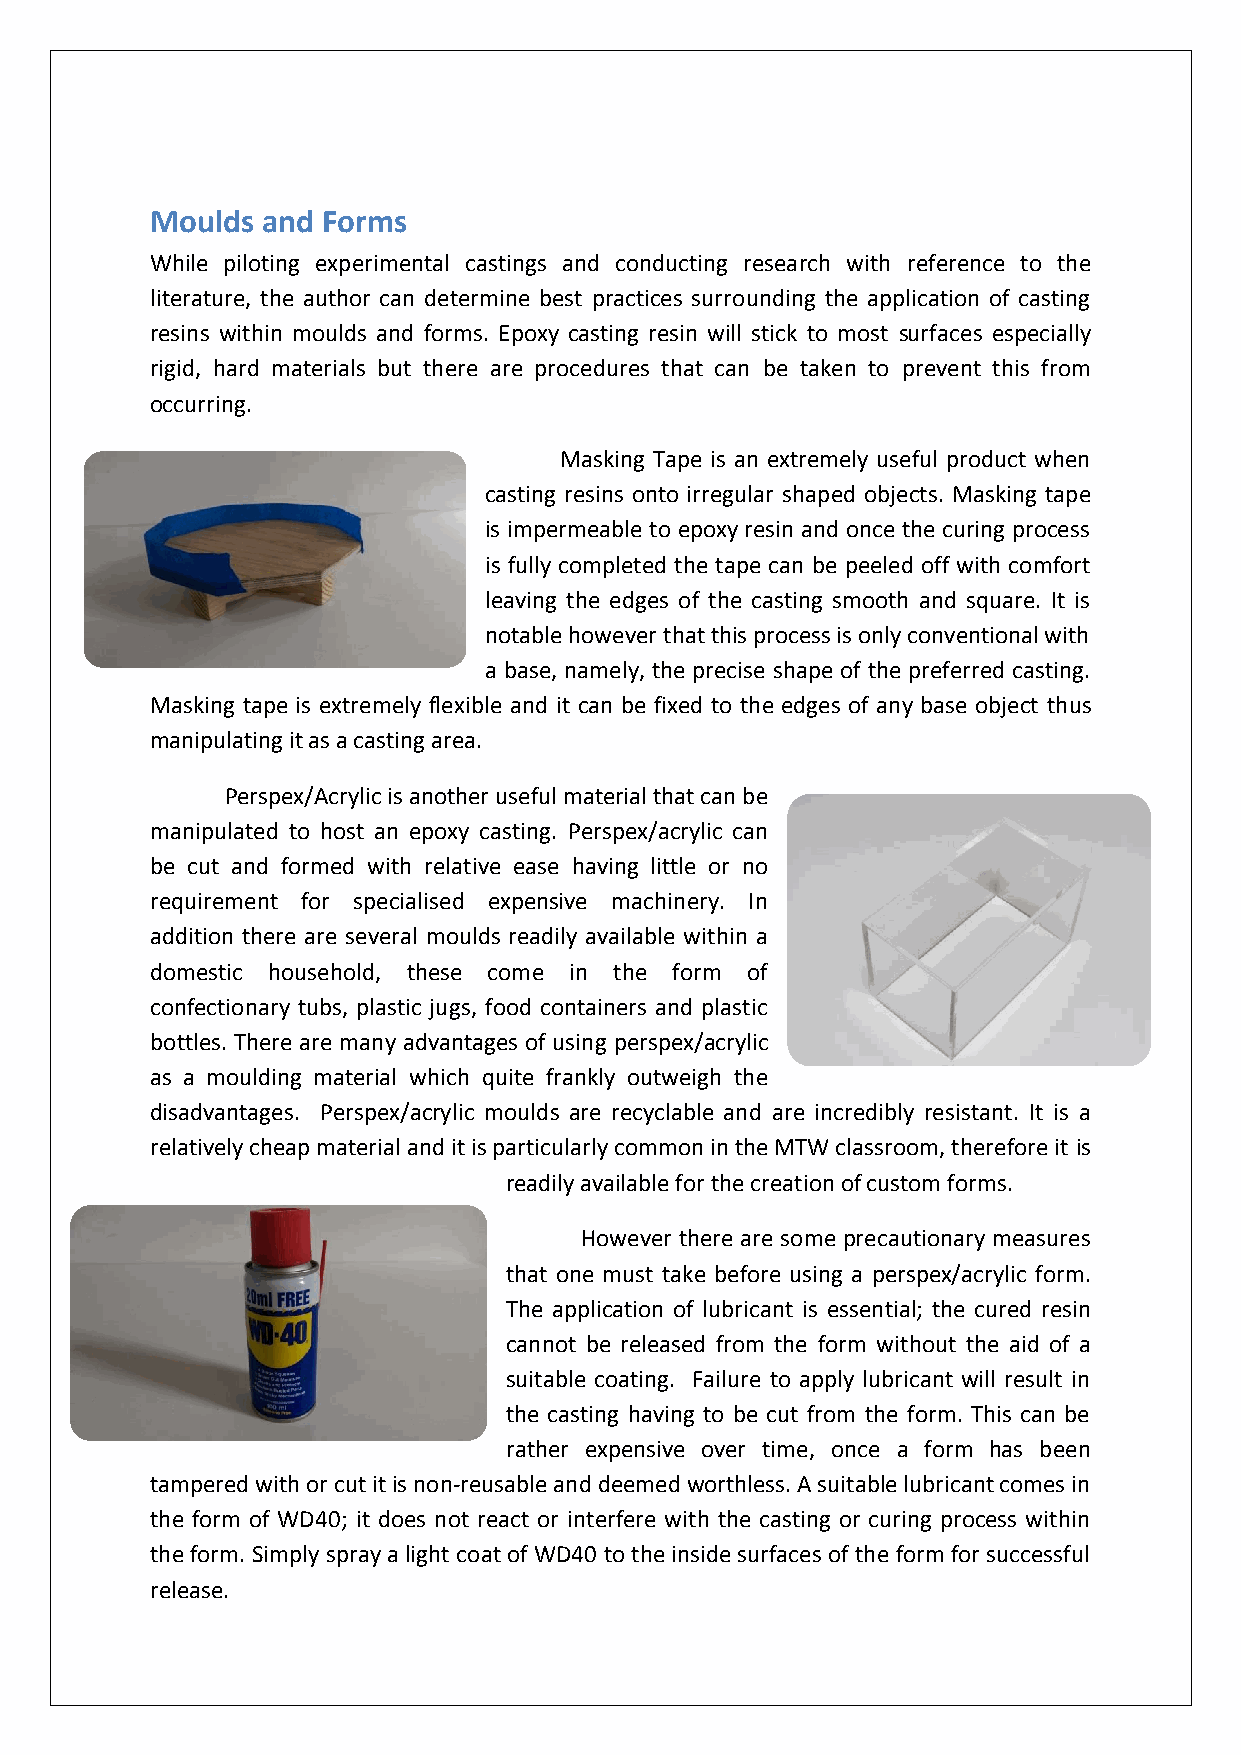
Moulds and Forms
 While piloting experimental castings and conducting research with reference to the
 literature, the author can determine best practices surrounding the application of casting
 resins within moulds and forms. Epoxy casting resin will stick to most surfaces especially
 rigid, hard materials but there are procedures that can be taken to prevent this from
 occurring.
 Masking Tape is an extremely useful product when
 casting resins onto irregular shaped objects. Masking tape
 is impermeable to epoxy resin and once the curing process
 is fully completed the tape can be peeled off with comfort
 leaving the edges of the casting smooth and square. It is
 notable however that this process is only conventional with
 a base, namely, the precise shape of the preferred casting.
 Masking tape is extremely flexible and it can be fixed to the edges of any base object thus
 manipulating it as a casting area.
 Perspex/Acrylic is another useful material that can be
 manipulated to host an epoxy casting. Perspex/acrylic can
 be cut and formed with relative ease having little or no
 requirement for specialised expensive machinery. In
 addition there are several moulds readily available within a
 domestic household, these come in the form of
 confectionary tubs, plastic jugs, food containers and plastic
 bottles. There are many advantages of using perspex/acrylic
 as a moulding material which quite frankly outweigh the
 disadvantages. Perspex/acrylic moulds are recyclable and are incredibly resistant. It is a
 relatively cheap material and it is particularly common in the MTW classroom, therefore it is
 readily available for the creation of custom forms.
 However there are some precautionary measures
 that one must take before using a perspex/acrylic form.
 The application of lubricant is essential; the cured resin
 cannot be released from the form without the aid of a
 suitable coating. Failure to apply lubricant will result in
 the casting having to be cut from the form. This can be
 rather expensive over time, once a form has been
 tampered with or cut it is non-reusable and deemed worthless. A suitable lubricant comes in
 the form of WD40; it does not react or interfere with the casting or curing process within
 the form. Simply spray a light coat of WD40 to the inside surfaces of the form for successful
 release.